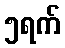
၅ရက်